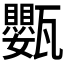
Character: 𭺩